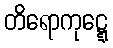
တိရောကုဋ္ဋေ